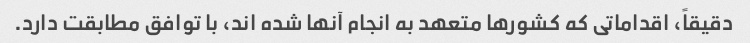
دقیقاً، اقداماتی که کشورها متعهد به انجام آنها شده اند، با توافق مطابقت دارد.